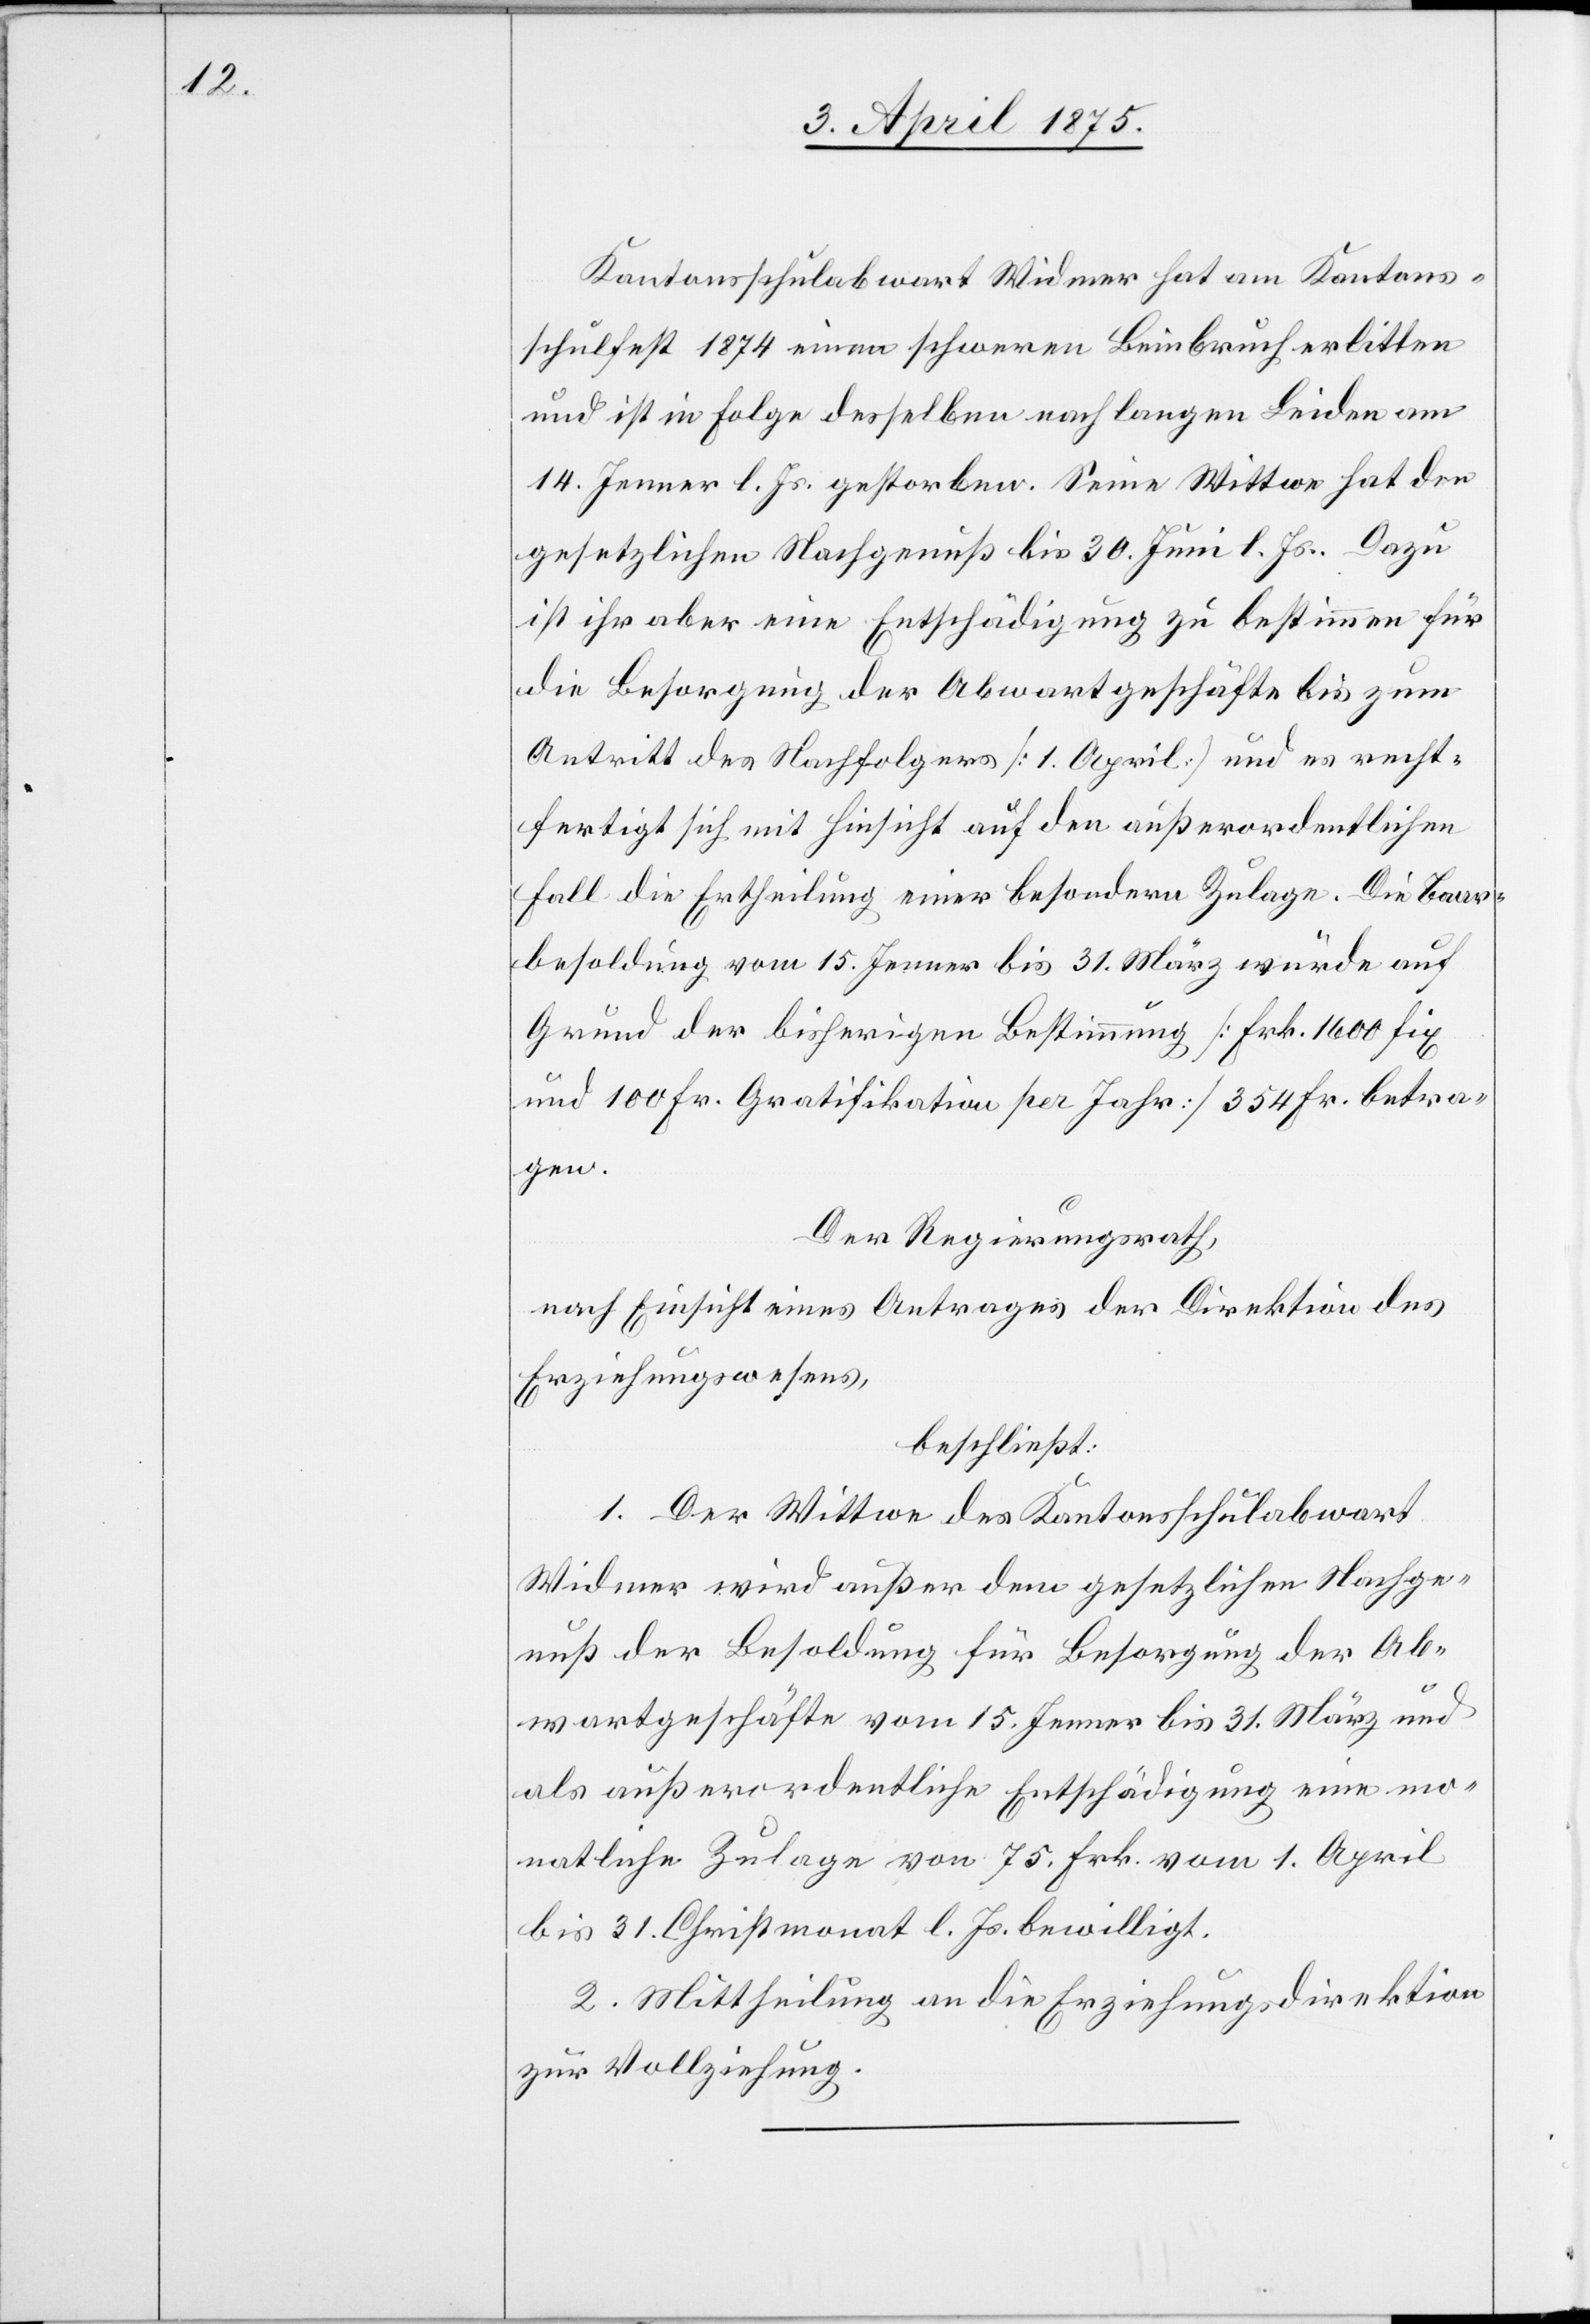
Kantonsschulabwart Widmer hat am Kantons¬
schulfest 1874 einen schweren Beinbruch erlitten
und ist in Folge desselben nach langen Leiden am
14. Januar l. Js. gestorben. Seine Wittwe hat den
gesetzlichen Nachgenuß bis 30. Juni l. Js. Dazu
ist ihr aber eine Entschädigung zu bestimmen für
die Besorgung der Abwartsgeschäfte bis zum
Antritt des Nachfolgers [1. April] und es recht¬
fertigt sich mit Hinsicht auf den außerordentlichen
Fall die Ertheilung einer besondern Zulage. Die Baar¬
besoldung vom 15. Jenner bis 31. März wurde auf
Grund der bisherigen Bestimmung [Frk. 1600 fix
und 100 Fr. Gratifikation pro Jahr] 354 Fr. betra¬
gen.
Der Regierungsrath,
nach Einsicht eines Antrages der Direktion des
Erziehungswesens,
beschließt:
1. Der Wittwe des Kantonsschulabwart
Widmer wird außer dem gesetzlichen Nachge¬
nuß der Besoldung für Besorgung der Ab¬
wartsgeschäfte vom 15. Jenner bis 31. März und
als außerordentliche Entschädigung eine mo¬
natliche Zulage von 75. Frk. vom 1. April
bis 31. Christmonat l. Js. bewilligt.
2. Mittheilung an die Erziehungsdirektion
zur Vollziehung.